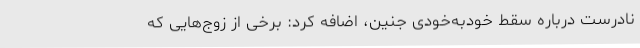
نادرست درباره سقط خودبه‌خودی جنین، اضافه کرد: برخی از زوج‌هایی که